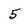
Character: 5